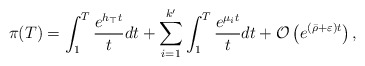
\begin{align*}\pi(T)=\int_{1}^{T}\frac{e^{h_{\top}t}}{t}dt+\sum_{i=1}^{k'}\int_{1}^{T}\frac{e^{\mu_{i}t}}{t}dt+\mathcal{O}\left(e^{(\bar{\rho}+\varepsilon) t}\right),\end{align*}